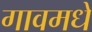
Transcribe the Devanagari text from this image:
गावमधे